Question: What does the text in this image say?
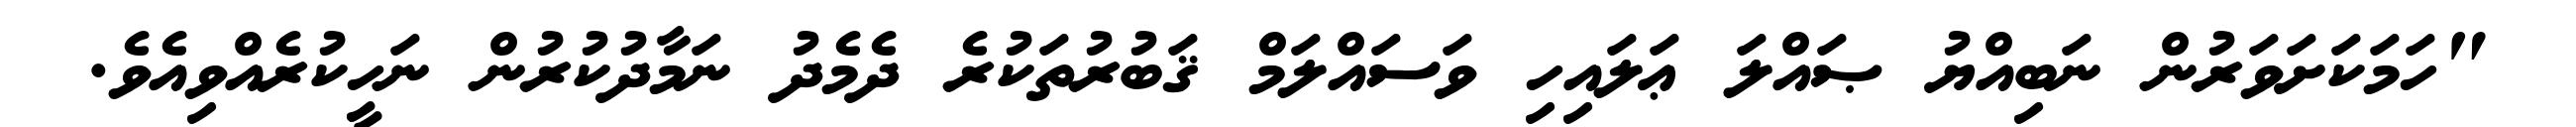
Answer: "ހަމަކަށަވަރުން ނަބިއްޔު ޞައްލަ ޢަލައިހި ވަސައްލަމް ޤަބުރުތަކުރެ ދެމެދު ނަމާދުކުރުން ނަހީކުރެއްވިއެވެ.